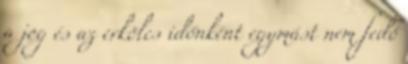
a jog és az erkölcs időnként egymást nem fedő